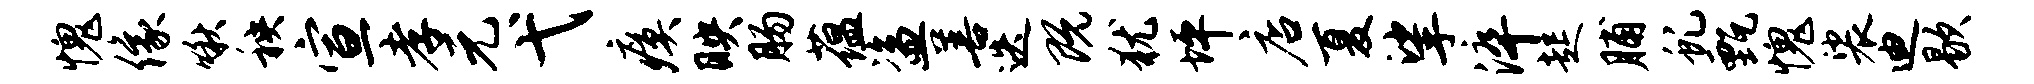
愧像啾秧宣孝元弋瘼映肠蕴盗善迭既犹坪店夏挲淬起脯虬甄愧裟迪歇